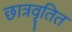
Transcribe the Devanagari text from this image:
छात्रवृतित